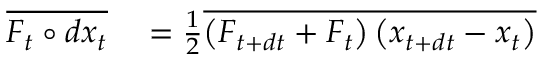
\begin{array} { r l } { \overline { { F _ { t } \circ d { x } _ { t } } } } & { { } = \frac 1 2 \overline { { \left( F _ { t + d t } + F _ { t } \right) \left( x _ { t + d t } - x _ { t } \right) } } } \end{array}